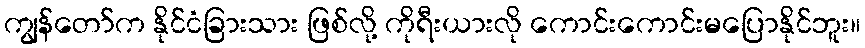
ကျွန်တော်က နိုင်ငံခြားသား ဖြစ်လို့ ကိုရီးယားလို ကောင်းကောင်းမပြောနိုင်ဘူး။